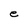
Character: e